Sanitation, dispensaries and jails vaccination Rajputana 1922-1927 - 1922-1927
Year: 1922
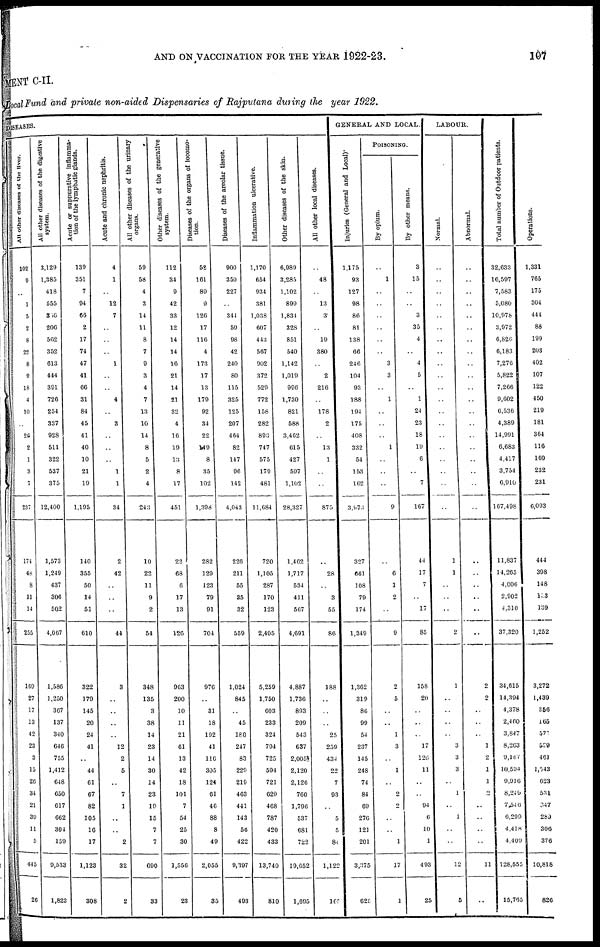
AND ON VACCINATION FOR THE YEAR 1922-23.
107
MENT C-II.
Local Fund and private non-aided Dispensaries of Rajputana during the year 1922.
DISEASES.
All other diseases of the liver.
102
9
..
1
5
2
8
22
6
9
18
4
10
..
26
2
1
3
7
237
174
48
8
11
14
255
169
27
17
13
42
23
3
15
26
34
21
39
11
5
445
26
All other diseases of the digestive
system.
3,129
1,385
418
555
366
206
562
352
613
444
391
726
254
337
928
511
322
537
375
12,400
1,573
1,249
437
306
502
4,067
1,586
1,250
367
137
340
646
755
1,412
648
650
617
662
304
159
9,533
1,823
Acute or suppurative inflamma-
tion of the lymphatic glands.
139
351
7
94
66
2
17
74
47
41
66
31
84
45
41
40
10
21
19
1,195
140
355
50
14
51
610
322
179
145
20
24
41
..
44
61
67
82
105
16
17
1,123
308
Acute and chronic nephritis.
4
1
..
12
7
..
..
..
1
..
..
4
..
3
..
..
..
1
1
34
2
42
..
..
..
44
3
..
..
..
..
12
2
5
..
7
1
..
..
2
32
2
All other diseases of the urinary
organs.
59
58
4
3
14
11
8
7
9
3
4
7
13
10
14
8
5
2
4
243
10
22
11
9
2
54
348
135
3
38
14
23
14
30
14
23
19
15
7
7
690
33
Other diseases of the generative
system.
112
34
9
42
33
12
14
14
16
21
14
21
32
4
16
19
13
8
17
451
22
68
6
17
13
126
963
200
10
11
21
61
13
42
18
101
7
54
25
30
1,556
23
Diseases of the organs of locomo-
tion.
52
161
89
9
126
17
116
4
173
17
13
179
92
34
22
149
8
35
102
1,398
282
129
123
79
91
704
976
..
31
18
192
41
116
305
124
61
46
88
8
49
2,055
35
Diseases of the areolar tissue.
900
350
227
..
344
59
98
42
240
80
115
325
125
207
464
82
147
96
142
4,043
226
211
55
35
32
559
1,024
845
..
45
180
247
83
229
219
463
441
143
56
422
9,397
493
Inflammation ulcerative.
1,170
654
934
381
1,038
607
443
567
902
372
529
772
158
282
893
747
575
179
481
11,684
720
1,105
287
170
123
2,405
5,259
1,750
603
233
324
794
725
594
721
629
468
787
420
433
13,740
810
Other diseases of the skin.
6,989
3,285
1,102
899
1,834
328
851
540
1,142
1,019
996
1,730
821
588
3,462
615
427
597
1,102
28,327
1,462
1,717
534
411
567
4,691
4,887
1,736
893
209
543
637
2,005
2,120
2,126
760
1,796
537
681
722
19,652
1,695
All other local diseases.
..
48
..
13
3
..
19
380
..
2
216
..
178
2
..
13
1
..
..
875
..
28
..
3
55
86
188
..
..
..
25
259
434
22
7
93
..
5
5
84
1,122
165
GENERAL AND LOCAL.
Injuries (General and Local)
1,175
93
127
98
86
81
138
66
246
104
93
188
194
175
408
332
54
153
162
3,973
327
661
108
79
174
1,349
1,362
319
86
99
54
237
145
248
74
84
69
276
121
201
3,375
625
POISONING.
By opium.
..
1
..
..
..
..
..
..
3
3
..
1
..
..
..
1
..
..
..
9
..
6
1
2
..
9
2
5
..
..
1
3
..
1
..
2
2
..
..
1
17
1
By other means.
3
15
..
..
3
35
4
..
4
5
..
1
24
23
18
19
6
..
7
167
44
17
7
..
17
85
158
20
..
..
..
17
126
11
..
..
94
6
10
1
493
25
LABOUR.
Normal.
..
..
..
..
..
..
..
..
..
..
..
..
..
..
..
..
..
..
..
..
1
1
..
..
..
2
1
..
..
..
..
3
3
3
..
1
..
1
..
..
12
5
Abnormal.
..
..
..
..
..
..
..
..
..
..
..
..
..
..
..
..
..
..
..
..
..
..
..
..
..
..
2
2
..
..
..
1
2
1
1
2
..
..
..
..
11
..
Total number of Outdoor patients.
32,633
10,597
7,583
5,080
10,978
3,972
6,826
6,183
7,276
5,822
7,266
9,602
6,536
4,389
14,991
6,683
4,417
3,754
6,910
167,498
11,837
14,265
4,006
2,902
4,310
37,320
34,615
14,394
4,378
2,460
3,847
8,263
9,167
10,594
9,916
8,249
7,546
6,299
4,418
4,409
128,555
15,765
Operations.
1,331
765
175
304
444
88
199
203
402
107
122
450
219
181
364
116
160
232
231
6,093
444
398
148
123
139
1,252
3,272
1,439
356
165
571
539
461
1,543
623
531
347
289
306
376
10,818
826